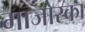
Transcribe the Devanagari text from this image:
माजोरका